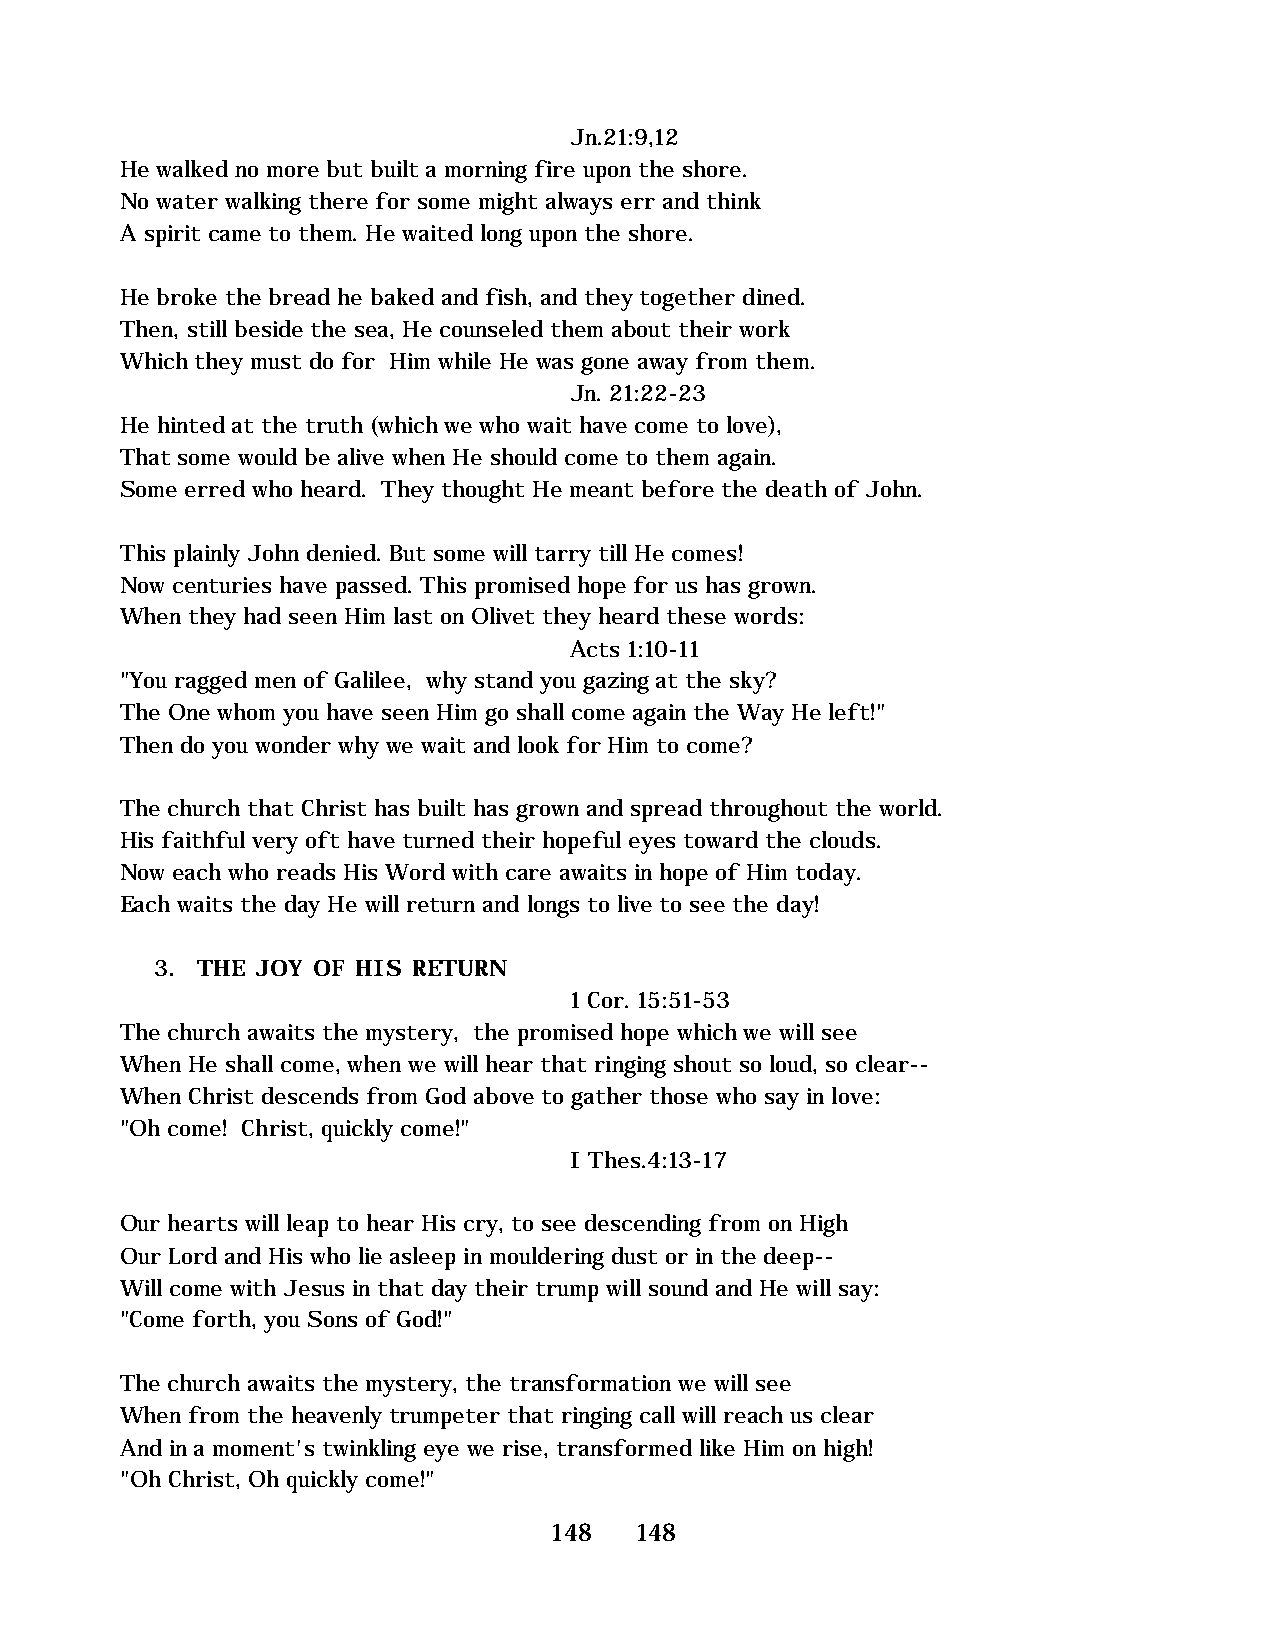
Jn.21:9,12
 He walked no more but built a morning fire upon the shore.
 No water walking there for some might always err and think
 A spirit came to them. He waited long upon the shore.
 He broke the bread he baked and fish, and they together dined.
 Then, still beside the sea, He counseled them about their work
 Which they must do for Him while He was gone away from them.
 Jn. 21:22-23
 He hinted at the truth (which we who wait have come to love),
 That some would be alive when He should come to them again.
 Some erred who heard. They thought He meant before the death of John.
 This plainly John denied. But some will tarry till He comes!
 Now centuries have passed. This promised hope for us has grown.
 When they had seen Him last on Olivet they heard these words:
 Acts 1:10-11
 "You ragged men of Galilee, why stand you gazing at the sky?
 The One whom you have seen Him go shall come again the Way He left!"
 Then do you wonder why we wait and look for Him to come?
 The church that Christ has built has grown and spread throughout the world.
 His faithful very oft have turned their hopeful eyes toward the clouds.
 Now each who reads His Word with care awaits in hope of Him today.
 Each waits the day He will return and longs to live to see the day!
 3. THE JOY OF HIS RETURN
 1 Cor. 15:51-53
 The church awaits the mystery, the promised hope which we will see
 When He shall come, when we will hear that ringing shout so loud, so clear--
 When Christ descends from God above to gather those who say in love:
 "Oh come! Christ, quickly come!"
 I Thes.4:13-17
 Our hearts will leap to hear His cry, to see descending from on High
 Our Lord and His who lie asleep in mouldering dust or in the deep--
 Will come with Jesus in that day their trump will sound and He will say:
 "Come forth, you Sons of God!"
 The church awaits the mystery, the transformation we will see
 When from the heavenly trumpeter that ringing call will reach us clear
 And in a moment's twinkling eye we rise, transformed like Him on high!
 "Oh Christ, Oh quickly come!"
 148   148